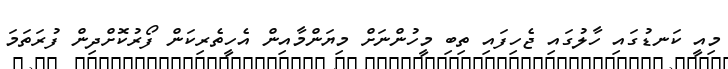
މިއީ ކަނޑުގައި ހާލުގައި ޖެހިފައި ތިބި މީހުންނަށް މިޔަންމާއިން އެހީތެރިކަން ފޯރުކޮށްދިން ފުރަތަމަ